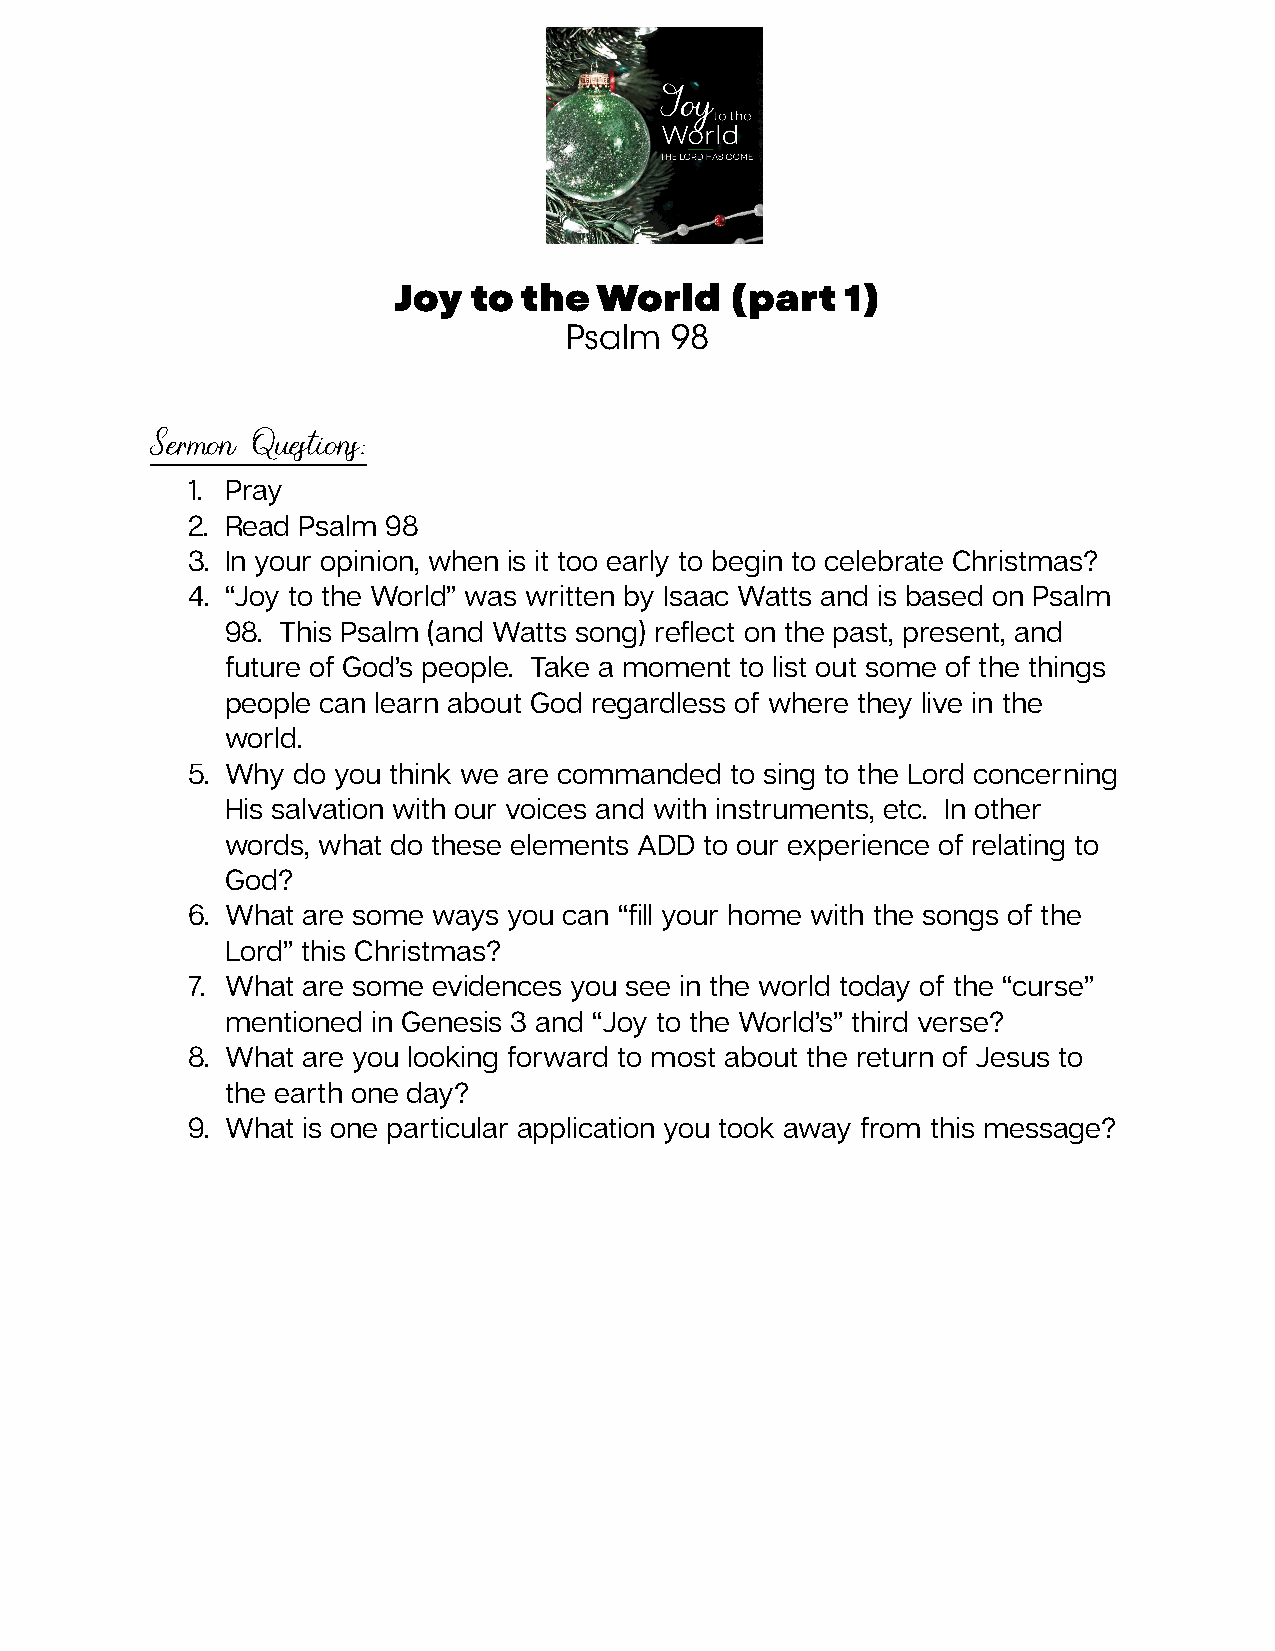
Joy  to the   World   (part   1)
 Psalm  98
 Sermon Questions:
 1. Pray
 2. Read Psalm 98
 3. In your opinion, when is it too early to begin to celebrate Christmas?
 4. “Joy to the World” was written by Isaac Watts and is based on Psalm
 98. This Psalm (and Watts song) reflect on the past, present, and
 future of God’s people. Take a moment to list out some of the things
 people can learn about God regardless of where they live in the
 world.
 5. Why do you think we are commanded to sing to the Lord concerning
 His salvation with our voices and with instruments, etc. In other
 words, what do these elements ADD to our experience of relating to
 God?
 6. What are some ways you can “fill your home with the songs of the
 Lord” this Christmas?
 7. What are some evidences you see in the world today of the “curse”
 mentioned in Genesis 3 and “Joy to the World’s” third verse?
 8. What are you looking forward to most about the return of Jesus to
 the earth one day?
 9. What is one particular application you took away from this message?